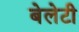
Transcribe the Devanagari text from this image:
बेलेटी